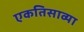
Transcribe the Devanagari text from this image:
एकतिसाव्या